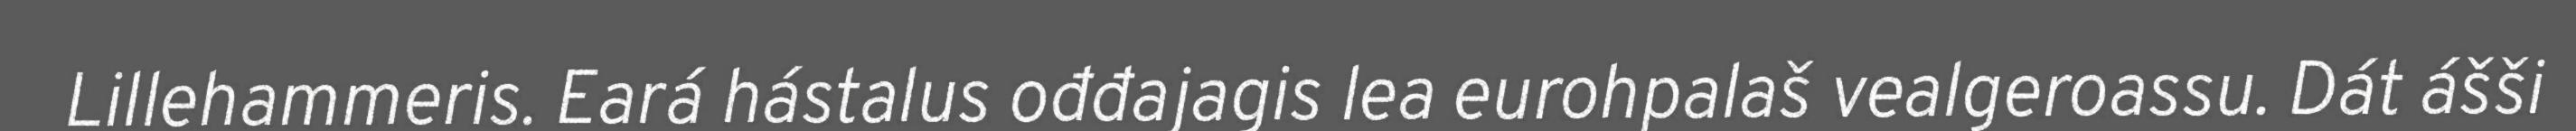
Lillehammeris. Eará hástalus ođđajagis lea eurohpalaš vealgeroassu. Dát ášši